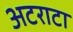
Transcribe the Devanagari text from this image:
अटराटा